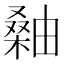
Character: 𪳫